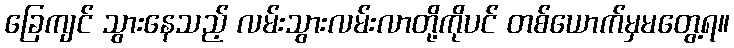
ခြေကျင် သွားနေသည့် လမ်းသွားလမ်းလာတို့ကိုပင် တစ်ယောက်မှမတွေ့ရ။